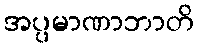
အပ္ပမာဏာဘာတိ